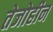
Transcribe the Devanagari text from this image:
तेजोहीन